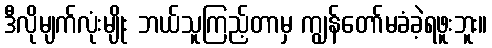
ဒီလိုမျက်လုံးမျိုး ဘယ်သူကြည့်တာမှ ကျွန်တော်မခံခဲ့ရဖူးဘူး။